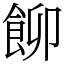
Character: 飹